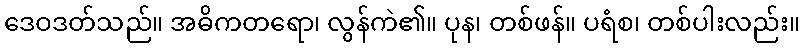
ဒေဝဒတ်သည်။ အဓိကတရော၊ လွန်ကဲ၏။ ပုန၊ တစ်ဖန်။ ပရံစ၊ တစ်ပါးလည်း။